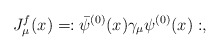
\begin{align*}J_\mu^f(x) = :{\bar\psi}^{(0)}(x)\gamma_\mu\psi^{(0)}(x):,\end{align*}